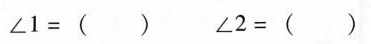
$$∠ 1 = ( )$$ $$∠ 2 = ( )$$